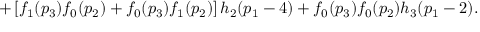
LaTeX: + \left[ f _ { 1 } ( p _ { 3 } ) f _ { 0 } ( p _ { 2 } ) + f _ { 0 } ( p _ { 3 } ) f _ { 1 } ( p _ { 2 } ) \right] h _ { 2 } ( p _ { 1 } - 4 ) + f _ { 0 } ( p _ { 3 } ) f _ { 0 } ( p _ { 2 } ) h _ { 3 } ( p _ { 1 } - 2 ) .